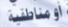
أومناطفية